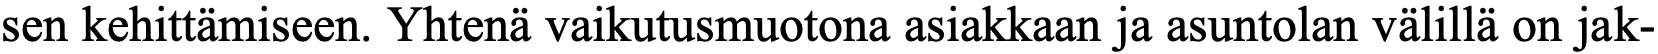
sen kehittämiseen. Yhtenä vaikutusmuotona asiakkaan ja asuntolan välillä on jak-